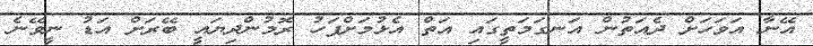
އޭނާ އަވަހަށް ދެއަތުން އަނގަމަތީގައި އަތް އެޅުމަށްފަހު ރޮމުންދިޔައީ ބޭރަށް އަޑު ނީވޭނެ